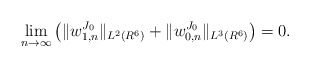
\begin{align*}\lim_{n\to\infty}\left(\|w^{J_0}_{1,n}\|_{L^2(R^6)}+\|w^{J_0}_{0,n}\|_{L^3(R^6)}\right)=0.\end{align*}